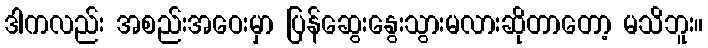
ဒါကလည်း အစည်းအဝေးမှာ ပြန်ဆွေးနွေးသွားမလားဆိုတာတော့ မသိဘူး။